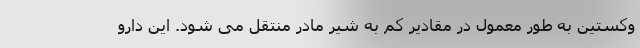
وکستین به طور معمول در مقادیر کم به شیر مادر منتقل می شود. این دارو